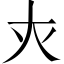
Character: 𡗜